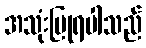
အသုံးပြုရပါသည်